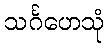
သင်္ဂဟေသုံ